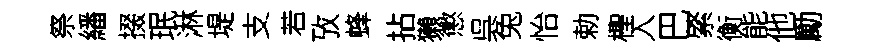
祭繙掇珉淋堤支若攷蜂拈獺懲呉兔怡勅檉入巴綮衡能他勵